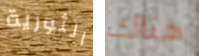
الثورية هناك